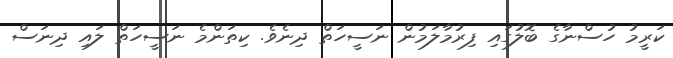
ކަރީމު ހުސްނާގެ ބޮލުގައި ފިރުމާލަމުން ނަސީހަތް ދިނެވެ. ކިތަންމެ ނަސީހަތް ލައި ދިނަސް